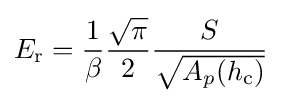
E_{\text{r}}={\frac {1}{\beta }}{\frac {\sqrt {\pi }}{2}}{\frac {S}{\sqrt {A_{p}(h_{\text{c}})}}}